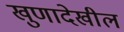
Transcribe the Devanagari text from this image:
खुणादेखील